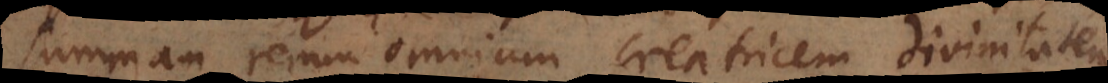
summam rerum omnium creatricem divinitatem.